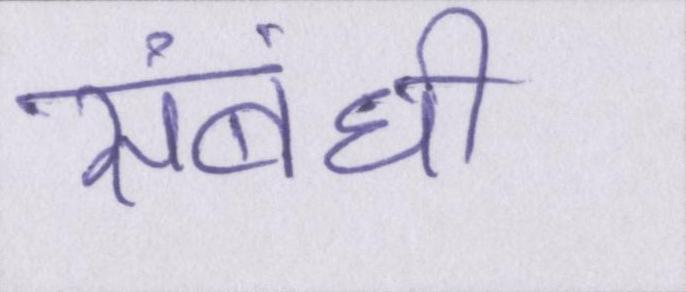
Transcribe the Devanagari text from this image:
संबंधी